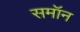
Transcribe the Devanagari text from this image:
समॉन